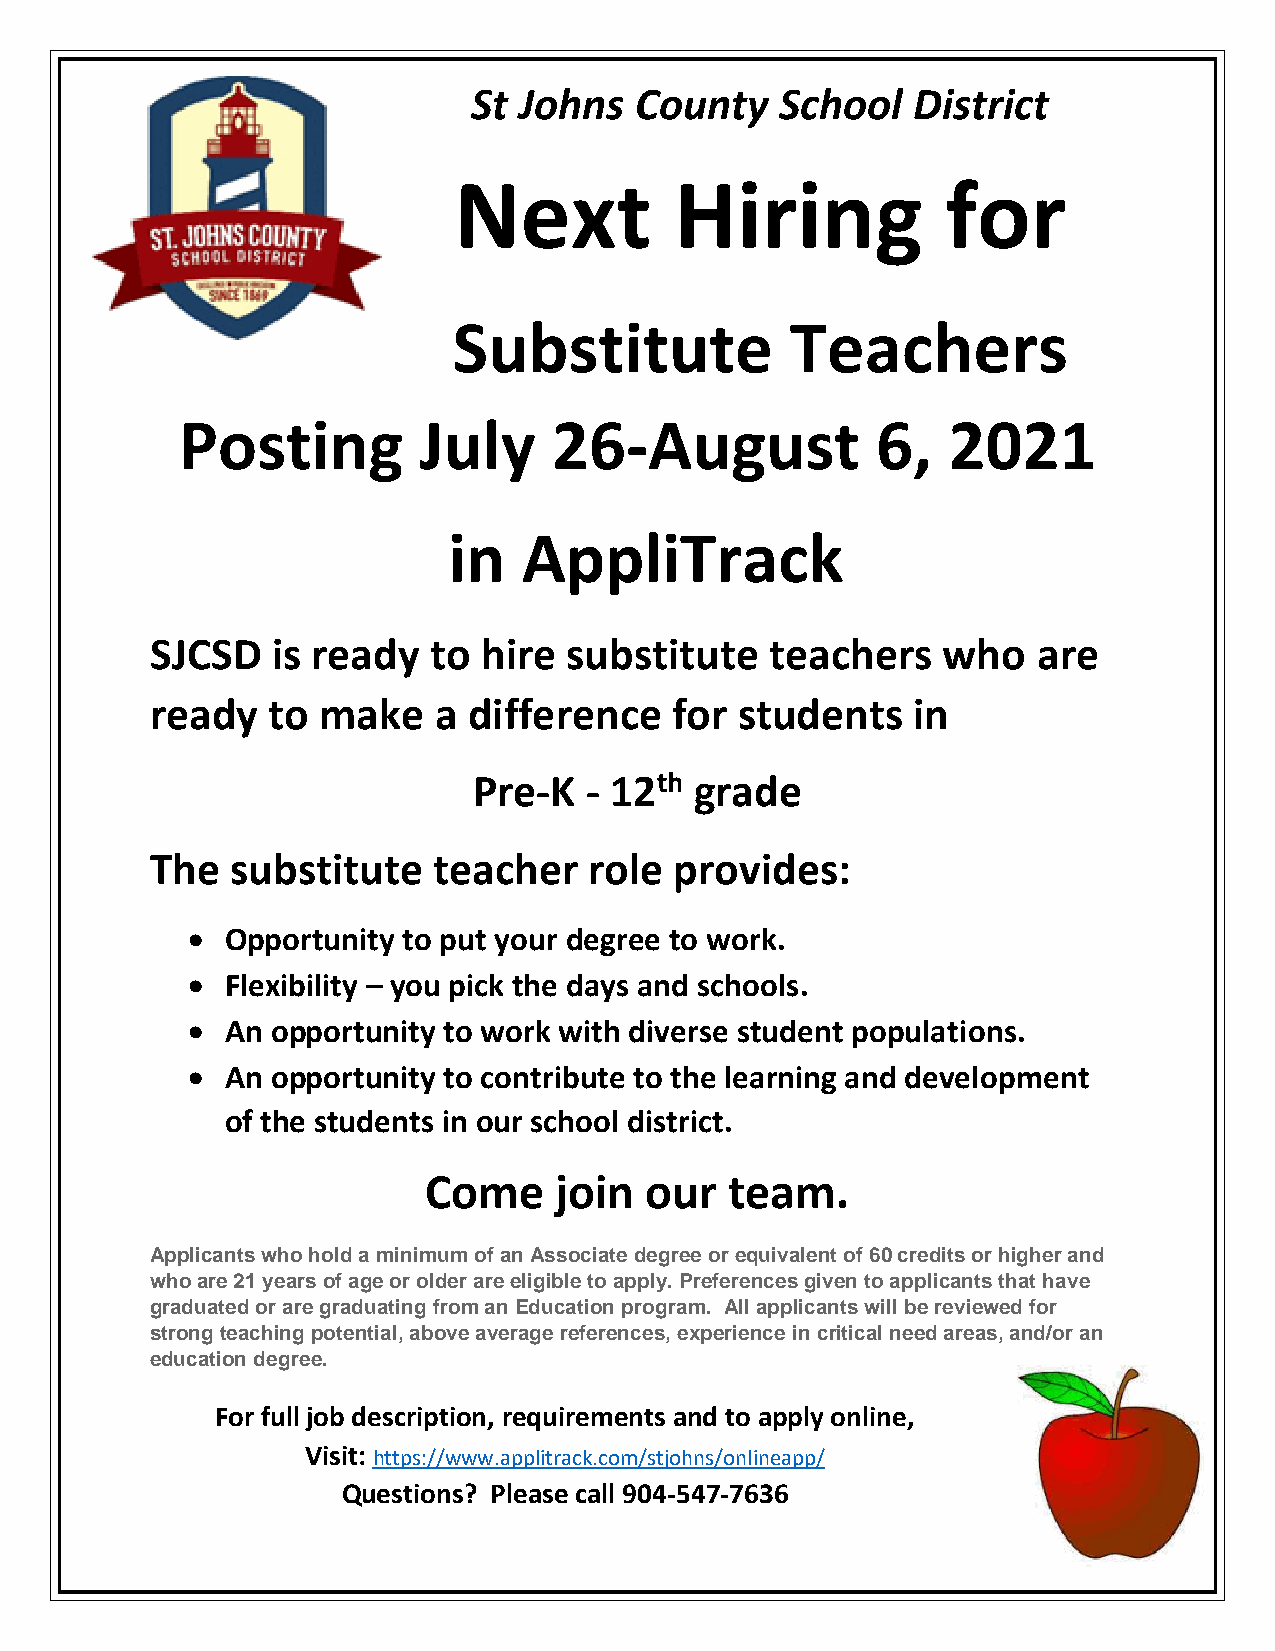
St Johns   County    School  District
 Next           Hiring            for
 Substitute            Teachers
 Posting         July     26-August            6,   2021
 in   AppliTrack
 SJCSD   is ready  to  hire  substitute   teachers   who    are
 ready   to make    a difference    for students   in
 Pre-K   - 12th grade
 The  substitute    teacher   role  provides:
 •  Opportunity to put your degree to work.
 •  Flexibility – you pick the days and schools.
 •  An opportunity to work with diverse student populations.
 •  An opportunity to contribute to the learning and development
 of the students in our school district.
 Come     join  our  team.
 Applicants who hold a minimum of an Associate degree or equivalent of 60 credits or higher and
 who are 21 years of age or older are eligible to apply. Preferences given to applicants that have
 graduated or are graduating from an Education program. All applicants will be reviewed for
 strong teaching potential, above average references, experience in critical need areas, and/or an
 education degree.
 For full job description, requirements and to apply online,
 Visit: https://www.applitrack.com/stjohns/onlineapp/
 Questions? Please call 904-547-7636